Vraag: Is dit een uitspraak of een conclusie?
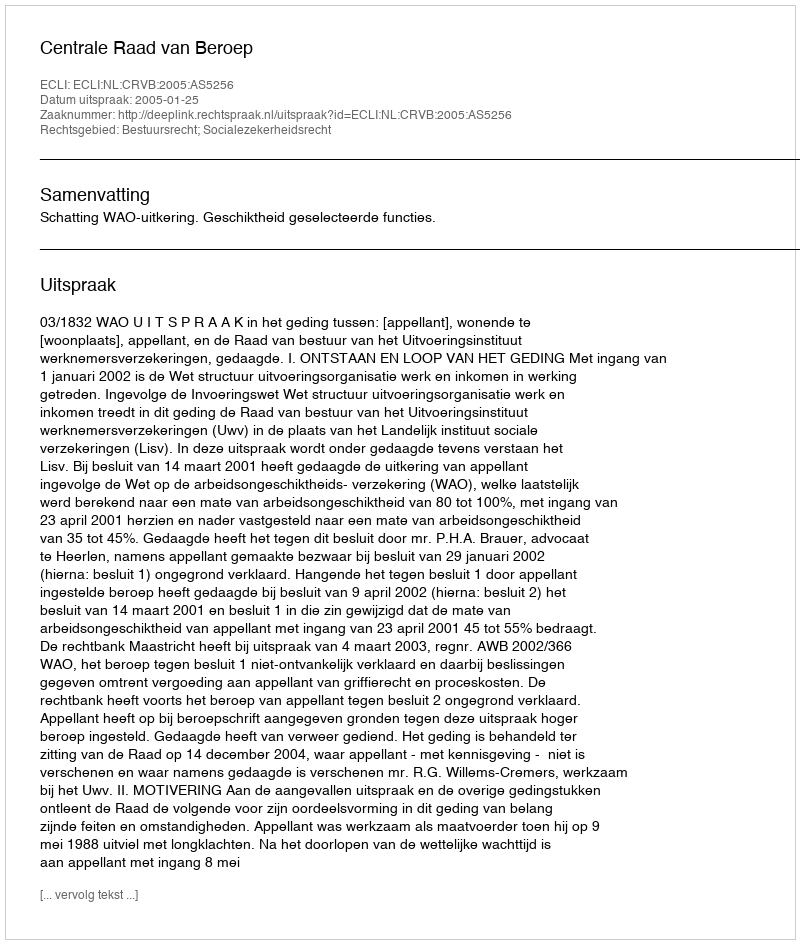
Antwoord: Uitspraak